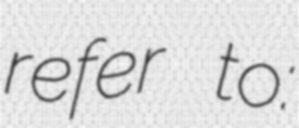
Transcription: refer to: